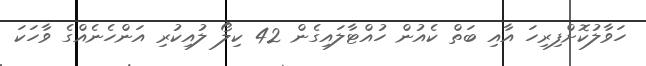
ހަވާލުކޮށްފިރިހަ އާއި ބަތް ކެއުން ހުއްޓާލައިގެން 42 ކިލޯ ލުއިކުރި އަންހެނެއްގެ ވާހަކަ